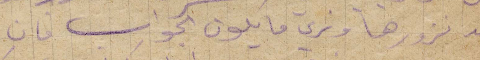
غد نزورها ونرى ما يكون الجواب فان